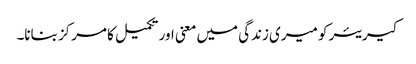
کیریئر کو میری زندگی میں معنی اور تکمیل کا مرکز بنانا۔